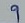
Text: 9